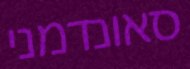
סאונדמני